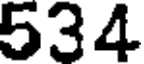
534